Leaving Certificate, 1901
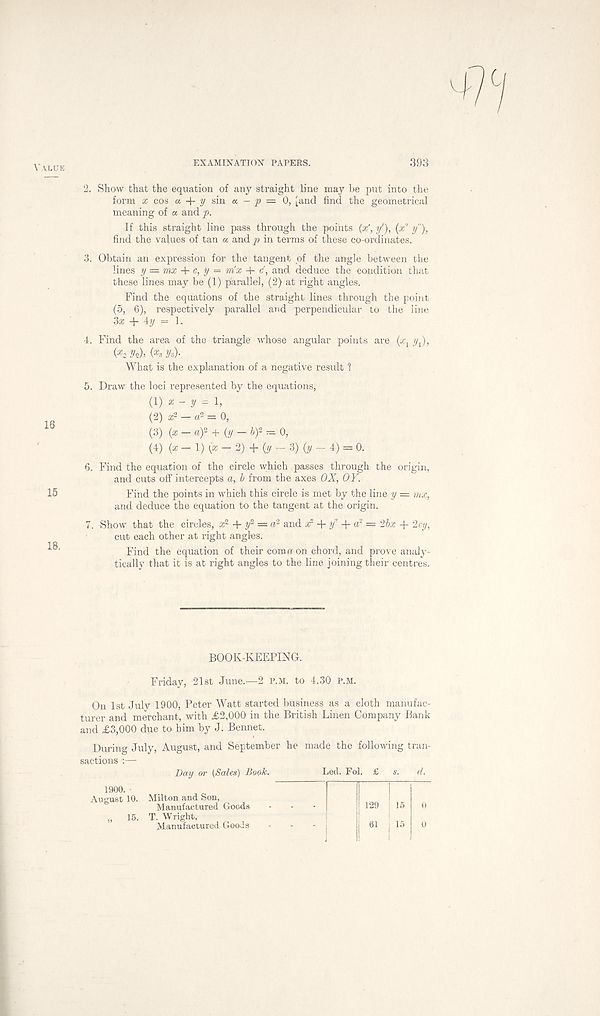
Value
EXAMINATION PAPERS.
398
2. Show that the equation of any straight line may be put into the
form x cos a 4- y sin a - p = 0, [and find the geometrical
meaning of a and p.
If this straight line pass through the points (x' , y'), (x" y"),
find the values of tan a and p in terms of these co-ordinates.
3. Obtain an expression for the tangent of the angle between the
lines y = rnx c, y = rax + c' , and deduce the condition that
these lines may be (1) parallel, (2) at right angles.
Find the equations of the straight lines through the point
(5, 6), respectively parallel and perpendicular to the line
3x + 4y = 1.
4. Find the area of the triangle whose angular points are (x, y x ),
(*2 Vs)’ ( x * Vs)-
What is the explanation of a negative result ?
5. Draw the loci represented by the equations,
(1)
x-y=l,
(2) x 2 — a 2 = 0,
(3) (x-aY + (y-b)^0,
(4) (x — 1) (x - 2) + (y - 3) (y - 4) = 0.
6. Find the equation of the circle which passes through the origin,
and cuts off intercepts a, b from the axes OX, OF.
15
Find the points in which this circle is met by the line y = mx,
and deduce the equation to the tangent at the origin.
7. Show that the circles, x 2 + y 2 = a 2 and x 2 + f + <? = 2bx + 2cy,
cut each other at right angles.
Find the equation of their comrr on chord, and prove analy-
tically that it is at right angles to the line joining their centres.
BOOK-KEEPING.
Friday, 21st June.—2 p.m. to 4.30 P.M.
On 1st July 1900, Peter Watt started business as a cloth manufac-
turer and merchant, with £2,000 in the British Linen Company Bank
and £3,000 due to him by J. Bennet.
During July, August, and September he made the following tran-
sactions :—
Day or (Sales) Book.
Led. Fol. £ s. d.
0
1900.
August 10. Milton and Son,
Manufactured Goods
„ 15. T. Wright,
Manufactured Goods